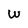
Character: W